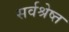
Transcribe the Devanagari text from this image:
सर्वश्रेष्त